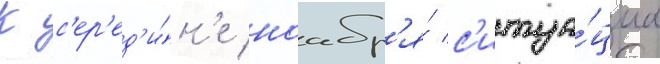
К с'ер'ед'и́н'е ноабр'я́ с'итуа́циа